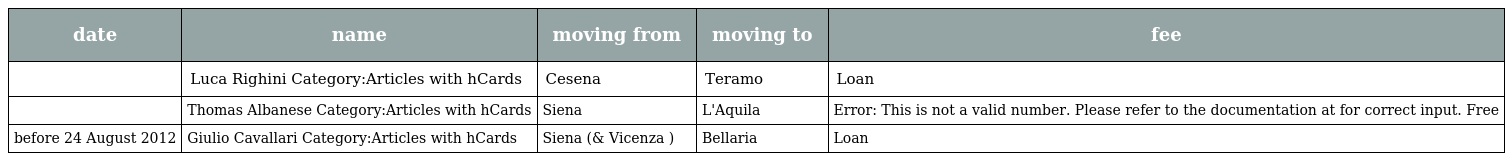
| date | name | moving from | moving to | fee |
 | --- | --- | --- | --- | --- |
 |  | Luca Righini Category:Articles with hCards | Cesena | Teramo | Loan |
 |  | Thomas Albanese Category:Articles with hCards | Siena | L'Aquila | Error: This is not a valid number. Please refer to the documentation at for correct input. Free |
 | before 24 August 2012 | Giulio Cavallari Category:Articles with hCards | Siena (& Vicenza ) | Bellaria | Loan |